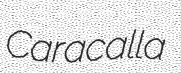
Caracalla